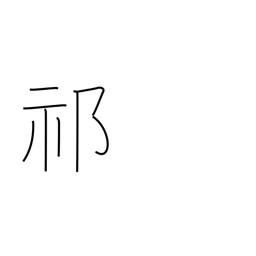
Meaning: intense